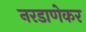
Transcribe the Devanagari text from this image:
नरडाणेकर